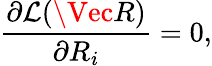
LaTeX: \frac{\partial\mathcal{L}(\Vec{R})}{\partial R_{i}}=0,